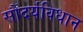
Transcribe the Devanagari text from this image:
सौंदर्यविधान